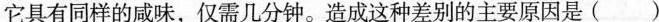
它具有同样的咸味，仅需几分钟。造成这种差别的主要原因是()